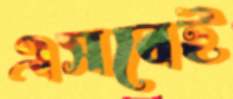
এসবেই